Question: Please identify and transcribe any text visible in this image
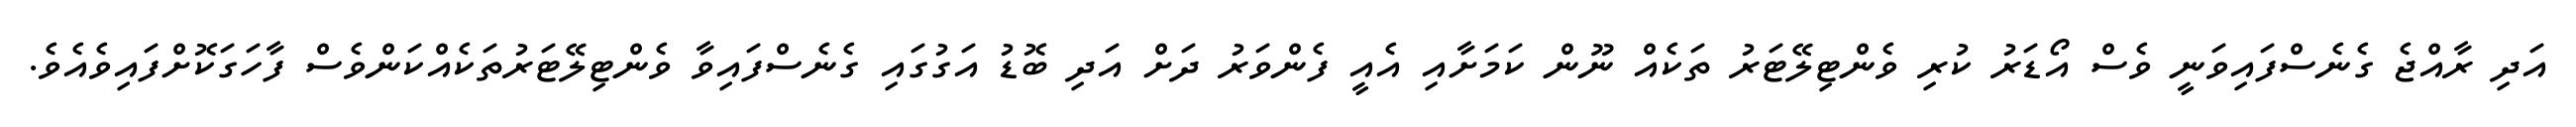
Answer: އަދި ރާއްޖެ ގެނެސްފައިވަނީ ވެސް އޯޑަރު ކުރި ވެންޓިލޭޓަރު ތަކެއް ނޫން ކަމަށާއި އެއީ ފެންވަރު ދަށް އަދި ބޮޑު އަގުގައި ގެނެސްފައިވާ ވެންޓިލޭޓަރުތަކެއްކަންވެސް ފާހަގަކޮށްފައިވެއެވެ.